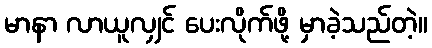
မာနာ လာယူလျှင် ပေးလိုက်ဖို့ မှာခဲ့သည်တဲ့။